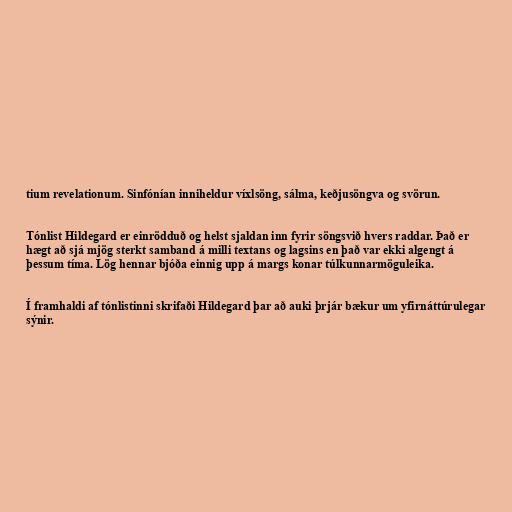
tium revelationum. Sinfónían inniheldur víxlsöng, sálma, keðjusöngva og svörun.

Tónlist Hildegard er einrödduð og helst sjaldan inn fyrir söngsvið hvers raddar. Það er
hægt að sjá mjög sterkt samband á milli textans og lagsins en það var ekki algengt á
þessum tíma. Lög hennar bjóða einnig upp á margs konar túlkunnarmöguleika.

Í framhaldi af tónlistinni skrifaði Hildegard þar að auki þrjár bækur um yfirnáttúrulegar
sýnir.